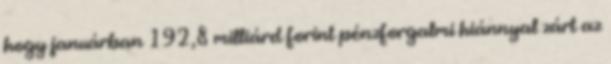
hogy januárban 192,8 milliárd forint pénzforgalmi hiánnyal zárt az